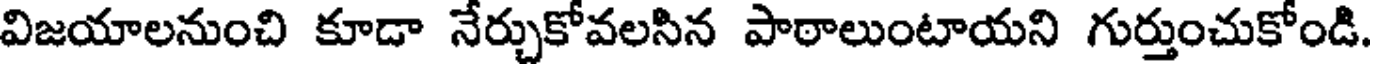
విజయాలనుంచి కూడా నేర్చుకోవలసిన పాఠాలుంటాయని గుర్తుంచుకోండి